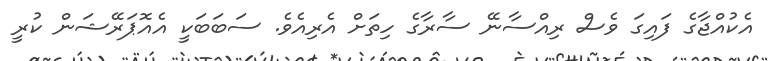
އެކުއްޖާގެ ފައިގަ ވެސް ރިއްސާނޭ ސާރާގެ ހިތަށް އެރިއެވެ. ސަބަބަކީ އެއޮޕަރޭޝަން ކުރީ